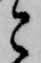
と